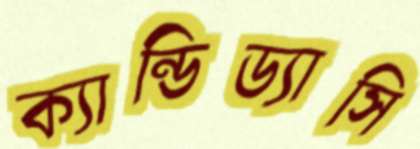
ক্যান্ডিড্যাসি